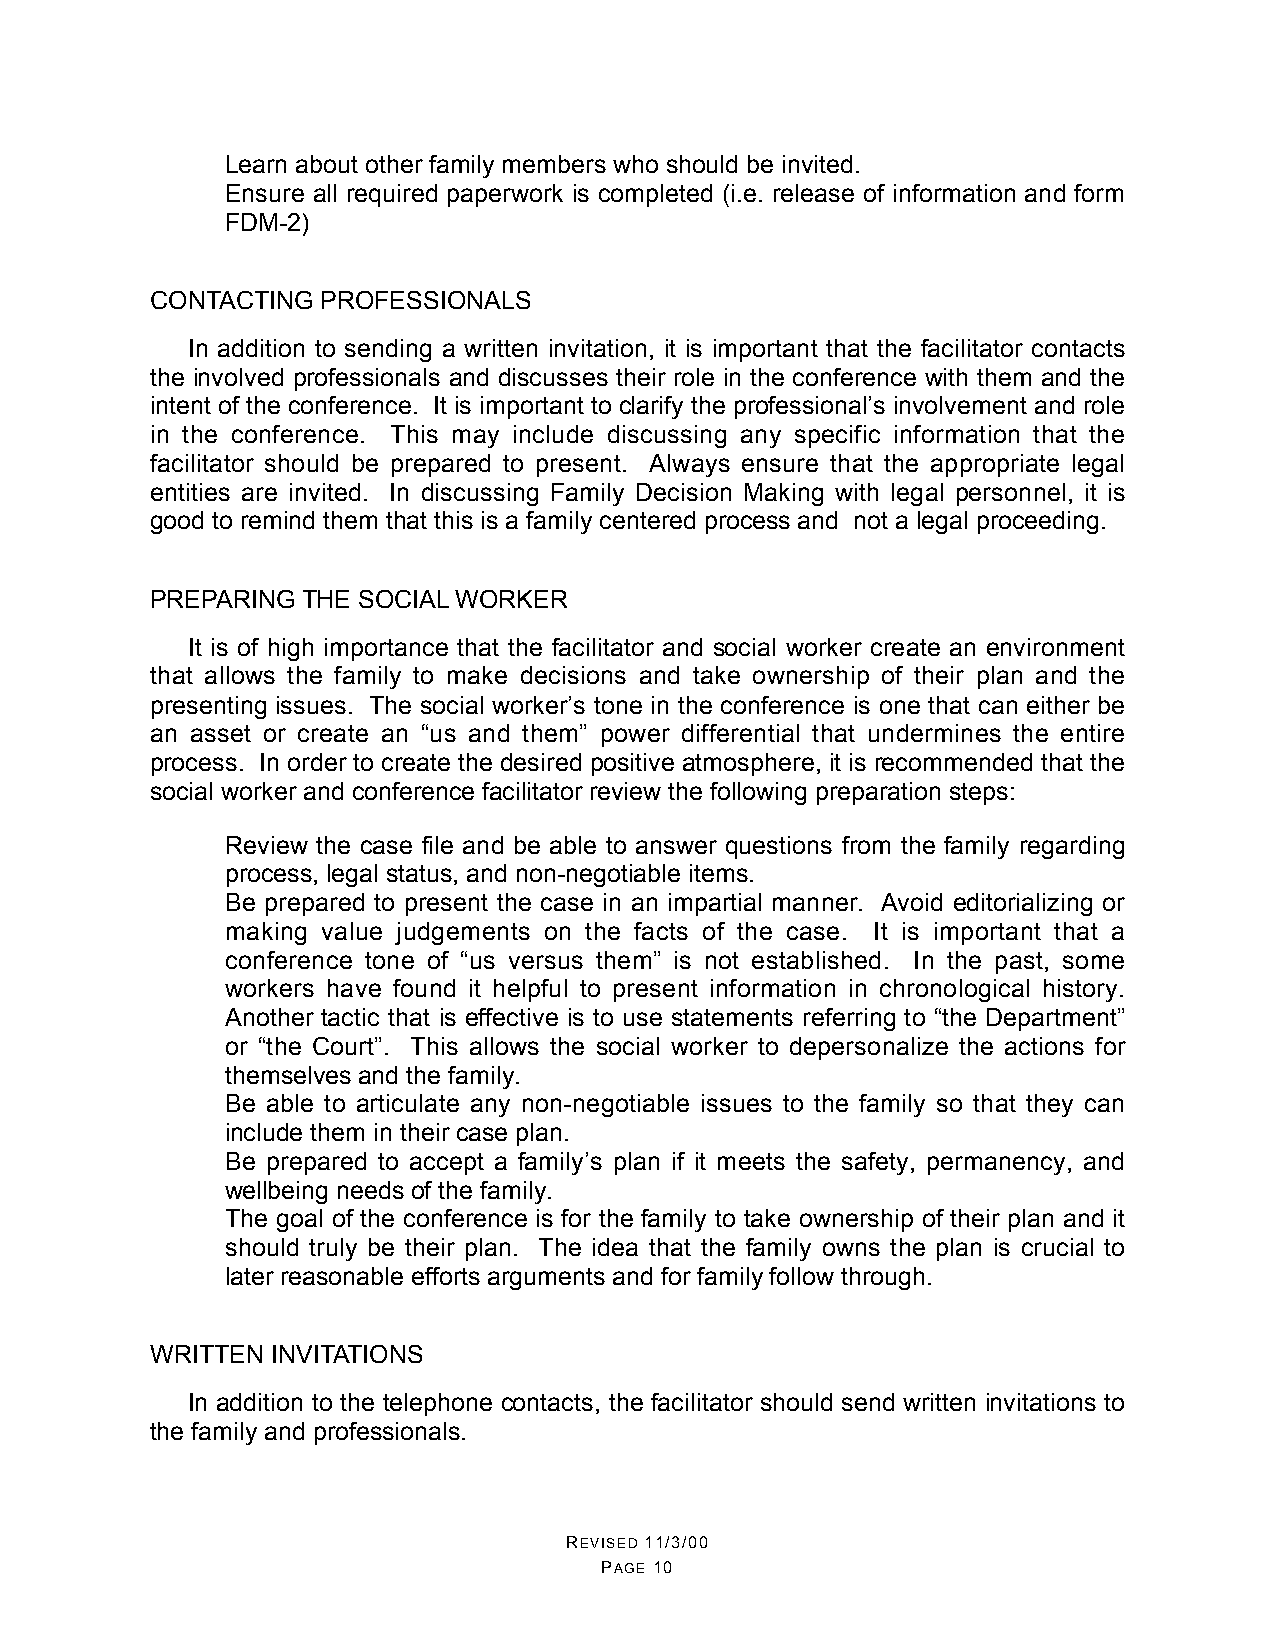
•  Learn about other family members who should be invited.
 •  Ensure all required paperwork is completed (i.e. release of information and form
 FDM-2)
 CONTACTING PROFESSIONALS
 In addition to sending a written invitation, it is important that the facilitator contacts
 the involved professionals and discusses their role in the conference with them and the
 intent of the conference. It is important to clarify the professional’s involvement and role
 in the conference. This may include discussing any specific information that the
 facilitator should be prepared to present. Always ensure that the appropriate legal
 entities are invited. In discussing Family Decision Making with legal personnel, it is
 good to remind them that this is a family centered process and not a legal proceeding.
 PREPARING THE SOCIAL WORKER
 It is of high importance that the facilitator and social worker create an environment
 that allows the family to make decisions and take ownership of their plan and the
 presenting issues. The social worker’s tone in the conference is one that can either be
 an asset or create an “us and them” power differential that undermines the entire
 process. In order to create the desired positive atmosphere, it is recommended that the
 social worker and conference facilitator review the following preparation steps:
 •  Review the case file and be able to answer questions from the family regarding
 process, legal status, and non-negotiable items.
 •  Be prepared to present the case in an impartial manner. Avoid editorializing or
 making value judgements on the facts of the case. It is important that a
 conference tone of “us versus them” is not established. In the past, some
 workers have found it helpful to present information in chronological history.
 Another tactic that is effective is to use statements referring to “the Department”
 or “the Court”. This allows the social worker to depersonalize the actions for
 themselves and the family.
 •  Be able to articulate any non-negotiable issues to the family so that they can
 include them in their case plan.
 •  Be prepared to accept a family’s plan if it meets the safety, permanency, and
 wellbeing needs of the family.
 •  The goal of the conference is for the family to take ownership of their plan and it
 should truly be their plan. The idea that the family owns the plan is crucial to
 later reasonable efforts arguments and for family follow through.
 WRITTEN INVITATIONS
 In addition to the telephone contacts, the facilitator should send written invitations to
 the family and professionals.
 REVISED 11/3/00
 PAGE 10